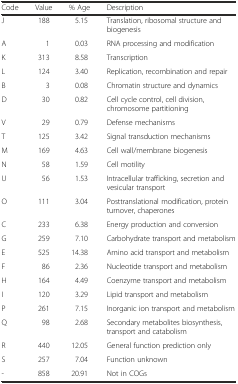
| Code | Value | % Age | Description |
 | --- | --- | --- | --- |
 | J | 188 | 5.15 | Translation, ribosomal structure and biogenesis |
 | A | 1 | 0.03 | RNA processing and modification |
 | K | 313 | 8.58 | Transcription |
 | L | 124 | 3.40 | Replication, recombination and repair |
 | B | 3 | 0.08 | Chromatin structure and dynamics |
 | D | 30 | 0.82 | Cell cycle control, cell division, chromosome partitioning |
 | V | 29 | 0.79 | Defense mechanisms |
 | T | 125 | 3.42 | Signal transduction mechanisms |
 | M | 169 | 4.63 | Cell wall/membrane biogenesis |
 | N | 58 | 1.59 | Cell motility |
 | U | 56 | 1.53 | Intracellular trafficking, secretion and vesicular transport |
 | O | 111 | 3.04 | Posttranslational modification, protein turnover, chaperones |
 | C | 233 | 6.38 | Energy production and conversion |
 | G | 259 | 7.10 | Carbohydrate transport and metabolism |
 | E | 525 | 14.38 | Amino acid transport and metabolism |
 | F | 86 | 2.36 | Nucleotide transport and metabolism |
 | H | 164 | 4.49 | Coenzyme transport and metabolism |
 | I | 120 | 3.29 | Lipid transport and metabolism |
 | P | 261 | 7.15 | Inorganic ion transport and metabolism |
 | Q | 98 | 2.68 | Secondary metabolites biosynthesis, transport and catabolism |
 | R | 440 | 12.05 | General function prediction only |
 | S | 257 | 7.04 | Function unknown |
 | - | 858 | 20.91 | Not in COGs |